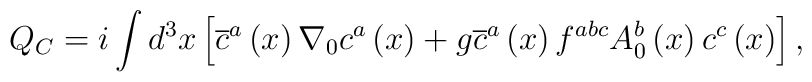
Q_C=i\int d^3x\left[ \overline{c}^a\left(x\right) \nabla_0 c^a\left(x\right) +g\overline{c}^a\left(x\right)f^{abc}A_0^b\left(x\right) c^c\left(x\right) \right],